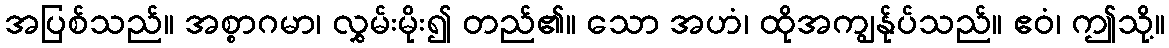
အပြစ်သည်။ အစ္စာဂမာ၊ လွှမ်းမိုး၍ တည်၏။ သော အဟံ၊ ထိုအကျွန်ုပ်သည်။ ဧဝံ၊ ဤသို့။